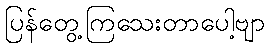
ပြန်တွေ့ကြသေးတာပေါ့ဗျာ